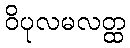
ဝိပုလမလတ္ထ